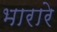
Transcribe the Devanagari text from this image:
भारारे